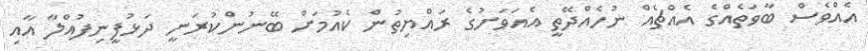
އެއްވެސް ބާވަތެއްގެ އެއްޗެއް ނުހެއްދޭތީ އެއަވަށުގެ ރައްޔިތުން ކެއުމަށް ބޭނުންކުރަނީ ދަޅުފީނިފުއްލާ އާއި